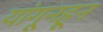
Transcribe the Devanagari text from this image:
यांगूनहून